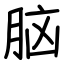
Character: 脑